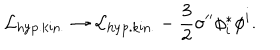
{ \cal L } _ { \mathrm { h y p . k i n . } } \rightarrow { \cal L } _ { \mathrm { h y p . k i n . } } - \frac 3 2 \sigma ^ { \prime \prime } \phi _ { i } ^ { * } \phi ^ { i } .